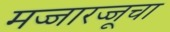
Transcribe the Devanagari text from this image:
मज्जारज्जूचा